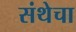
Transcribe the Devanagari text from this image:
संथेचा